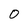
Character: 0